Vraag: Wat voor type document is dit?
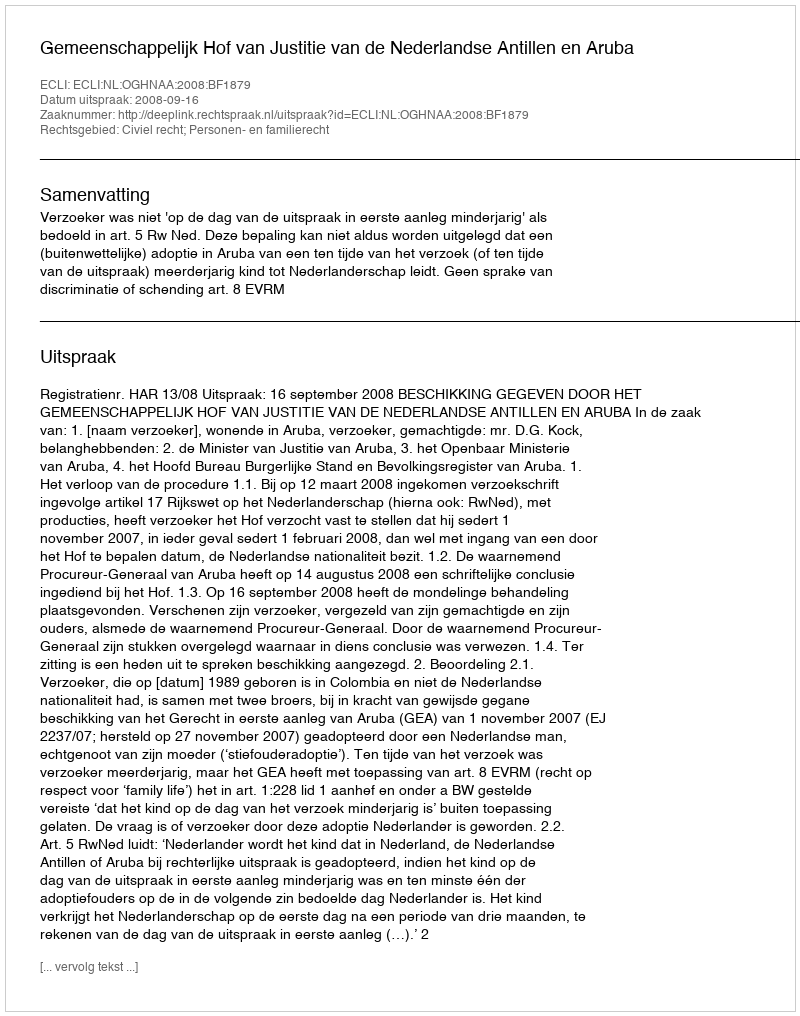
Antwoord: Uitspraak